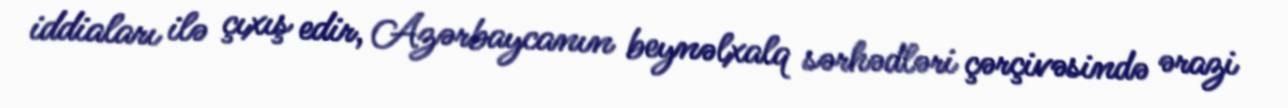
iddiaları ilə çıxış edir, Azərbaycanın beynəlxalq sərhədləri çərçivəsində ərazi